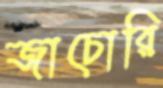
জাচোরি